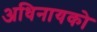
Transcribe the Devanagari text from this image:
अधिनायको